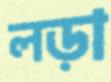
লড়া